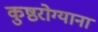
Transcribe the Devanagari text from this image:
कुष्ठरोग्याना